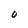
Character: O